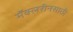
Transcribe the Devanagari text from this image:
मॅक्लरीनसाठी